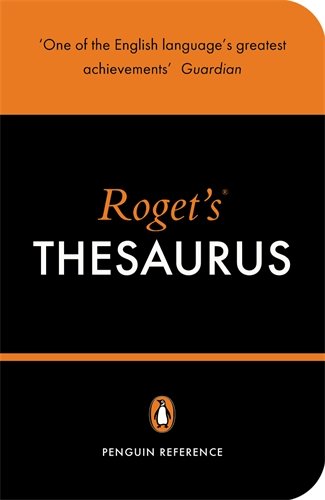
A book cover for Roget's Thesaurus of English Words and Phrases; Reference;